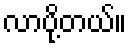
လာပို့တယ်။